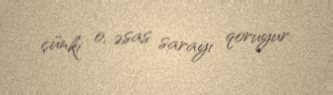
çünki o, əsas sarayı qoruyur.